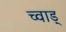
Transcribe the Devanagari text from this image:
च्वाड़्